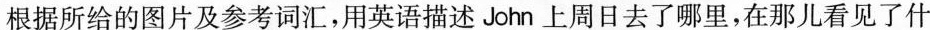
根据所给的图片及参考词汇，用英语描述John上周日去了哪里，在那儿看见了什